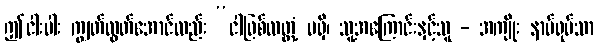
ဤငါးပါး ကျွတ်လွတ်အောင်လည်း “ငါဖြစ်လတ္တံ့ မရှိ၊ သူ့အကြောင်းနှင့်သူ - အကျိုး နာမ်ရုပ်သာ